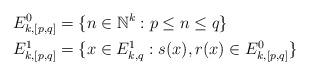
LaTeX: \begin{align*}&E_{k,[p,q]}^0 = \{ n \in \mathbb{N}^k : p \le n \le q\} \\&E_{k,[p,q]}^1 = \{ x \in E_{k,q}^1: s(x), r(x) \in E_{k,[p,q]}^0\}\end{align*}